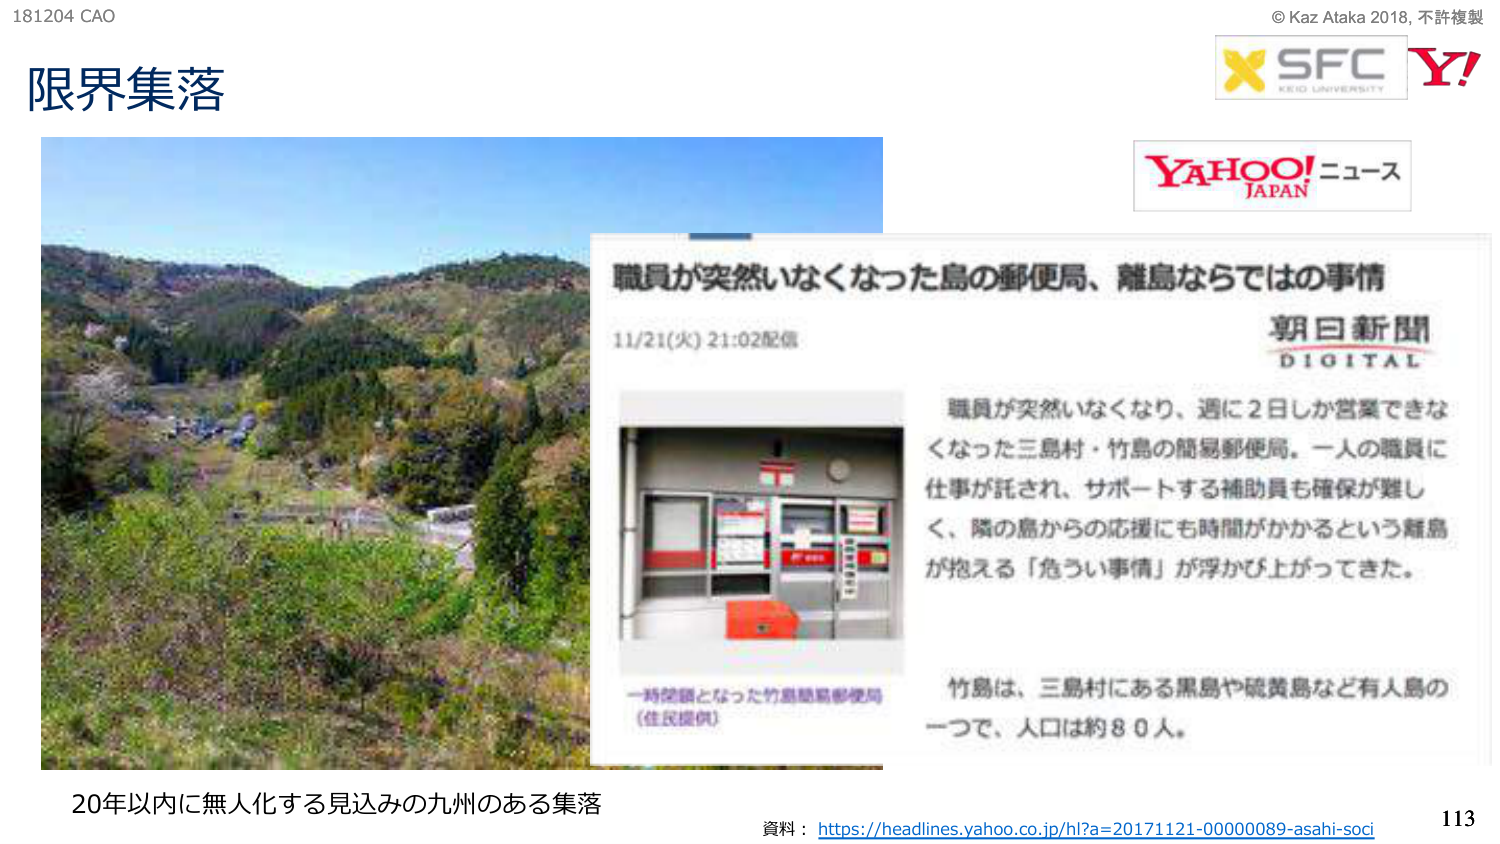
181204 CAO
限界集落
© Kaz Ataka 2018, 不許複製
X SFC
KEIO UNIVERSITY
Y!
YAHOO! ニュース
JAPAN
職員が突然いなくなった島の郵便局、離島ならではの事情
11/21(火) 21:02配信
朝日新聞
DIGITAL
職員が突然いなくなり、週に2日しか営業できなくなった三島村・竹島の簡易郵便局。一人の職員に仕事が託され、サポートする補助員も確保が難しく、隣の島からの応援にも時間がかかるという離島が抱える「危うい事情」が浮かび上がってきた。
一時閉鎖となった竹島簡易郵便局
（住民提供）
竹島は、三島村にある黒島や硫黄島など有人島の一つで、人口は約80人。
20年以内に無人化する見込みの九州のある集落
資料：https://headlines.yahoo.co.jp/hl?a=20171121-00000089-asahi-soci
113